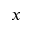
x